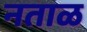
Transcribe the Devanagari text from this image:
नताळ